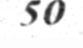
50